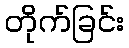
တိုက်ခြင်း